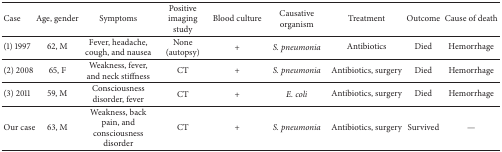
| Case | Age, gender | Symptoms | Positive imaging study | Blood culture | Causative organism | Treatment | Outcome | Cause of death |
 | --- | --- | --- | --- | --- | --- | --- | --- | --- |
 | (1) 1997 | 62, M | Fever, headache, cough, and nausea | None (autopsy) | + | S. pneumonia | Antibiotics | Died | Hemorrhage |
 | (2) 2008 | 65, F | Weakness, fever, and neck stiffness | CT | + | S. pneumonia | Antibiotics, surgery | Died | Hemorrhage |
 | (3) 2011 | 59, M | Consciousness disorder, fever | CT | + | E. coli | Antibiotics, surgery | Died | Hemorrhage |
 | Our case | 63, M | Weakness, back pain, and consciousness disorder | CT | + | S. pneumonia | Antibiotics, surgery | Survived | — |